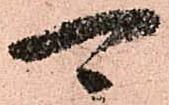
可